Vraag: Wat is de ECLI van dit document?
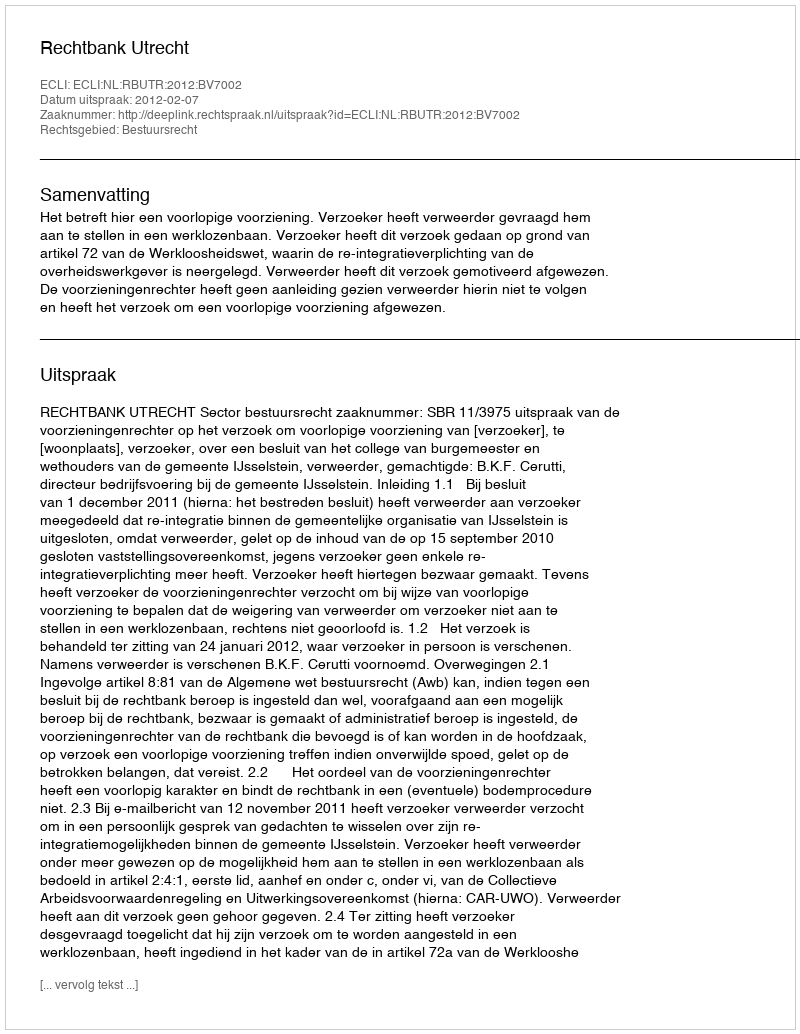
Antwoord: ECLI:NL:RBUTR:2012:BV7002